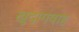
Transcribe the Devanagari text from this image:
खुदागवाह